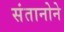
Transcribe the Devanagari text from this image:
संतानोने